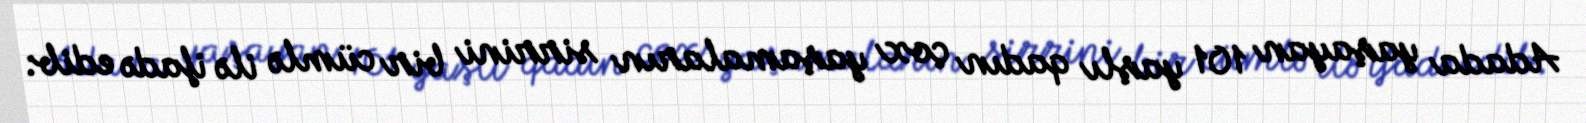
Adada yaşayan 101 yaşlı qadın çox yaşamaların sirrini bir cümlə ilə ifadə edib: